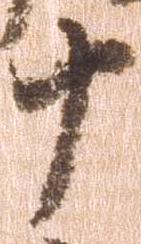
十